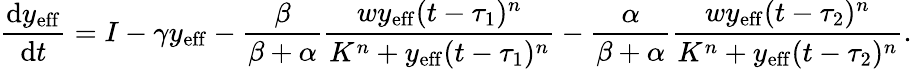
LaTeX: \frac{\mathrm{d}y_{\mathrm{{eff}}}}{\mathrm{d}t}=I-\gamma y_{\mathrm{{eff}}}-\frac{\beta}{\beta+\alpha}\frac{wy_{\mathrm{{eff}}}(t-\tau_{1})^{n}}{K^{n}+y_{\mathrm{{eff}}}(t-\tau_{1})^{n}}-\frac{\alpha}{\beta+\alpha}\frac{wy_{\mathrm{{eff}}}(t-\tau_{2})^{n}}{K^{n}+y_{\mathrm{{eff}}}(t-\tau_{2})^{n}}.